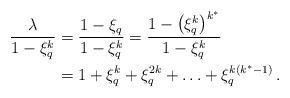
LaTeX: \begin{align*}\frac{\lambda}{1-\xi_q^k}& = \frac{1-\xi_q}{1-\xi_q^k} = \frac{1-\left(\xi_q^k\right)^{k^*}}{1-\xi_q^k}\\&=1+\xi_q^k+\xi_q^{2k}+\ldots +\xi_q^{k(k^*-1)}\,.\end{align*}